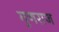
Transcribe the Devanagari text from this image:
गुणराज